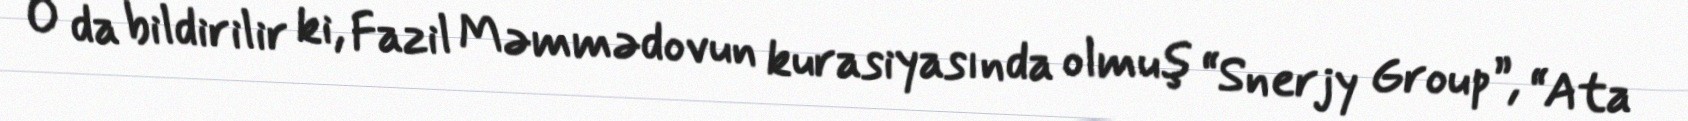
O da bildirilir ki, Fazil Məmmədovun kurasiyasında olmuş “Snerjy Group”, “Ata